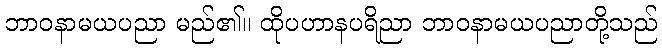
ဘာဝနာမယပညာ မည်၏။ ထိုပဟာနပရိညာ ဘာဝနာမယပညာတို့သည်